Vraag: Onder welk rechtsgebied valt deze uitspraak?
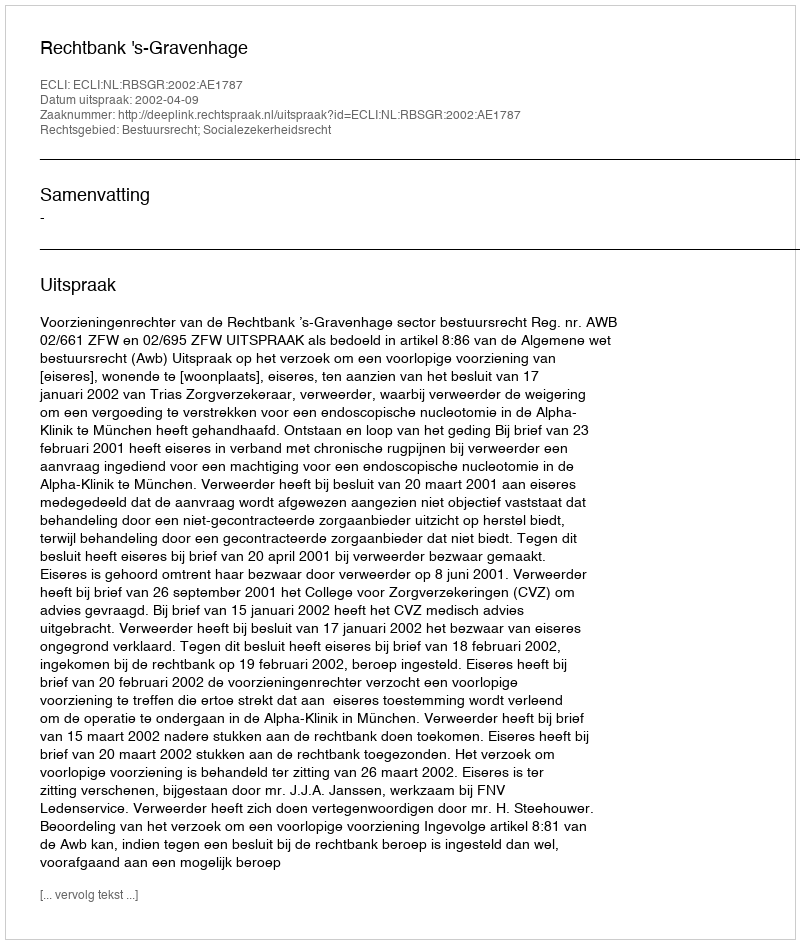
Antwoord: Bestuursrecht; Socialezekerheidsrecht